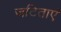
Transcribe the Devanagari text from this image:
जटिताएं